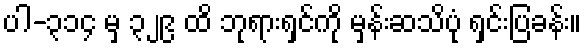
ပါ-၃၁၄ မှ ၃၂၉ ထိ ဘုရားရှင်ကို မှန်းဆသိပုံ ရှင်းပြခန်း။